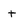
Character: t